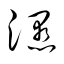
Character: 隰